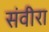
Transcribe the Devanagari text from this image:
संवीरा